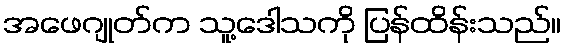
အဖေဂျုတ်က သူ့ဒေါသကို ပြန်ထိန်းသည်။